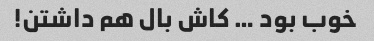
خوب بود … کاش بال هم داشتن!